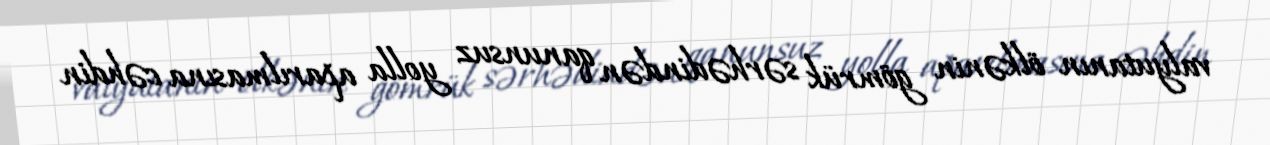
valyutanın ölkənin gömrük sərhədindən qanunsuz yolla aparılmasına cəhdin